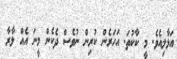
އަޅާލިއެވެ. މީ ކާކުތަ. އަހަރެން ކުރިން ނުވެސް ދެކެން މީނަ އެއް ލާރާ